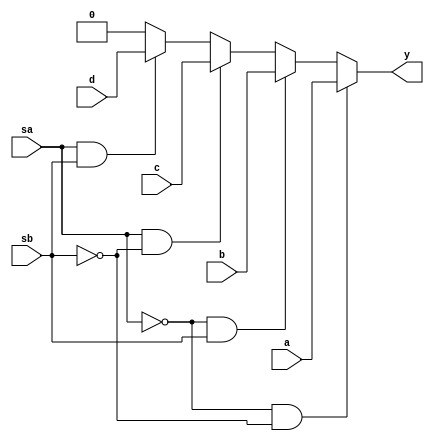
module DEMO (y, a,b,c,d,sa,sb);
output reg y;
input a,b,c,d,sa,sb;
always @ (*) // making it sensitive to any change
begin
if (sa == 0 && sb==0) // if 00 select line a
y = a;
else if (sa==0 && sb==1) // if 01 select line b
y = b;
else if (sa==1 && sb==0) //if 10 select line c
y = c;
else if (sa==1 && sb==1) // if 11 select line d
y = d;
else
y = 0;// default condition may occur during any lock condition, reset the output to low
end
endmodule